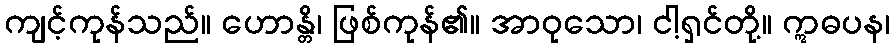
ကျင့်ကုန်သည်။ ဟောန္တိ၊ ဖြစ်ကုန်၏။ အာဝုသော၊ ငါ့ရှင်တို့။ ဣဓပန၊